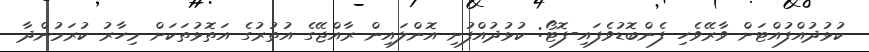
ކުޅުދުއްފުއްޓަށް ވާރޭވެހި ފެންބޮޑުވެފައި-ފޮޓޯ: ކުޅުދުއްފުށި އޮންލައިން ރާއްޖޭގެ އުތުރުގެ އަތޮޅުތަކަށް މިހާރު ކުރަމުންދާ